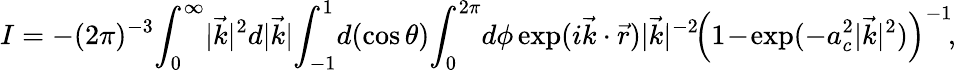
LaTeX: I=-(2\pi)^{-3}\! \int_{0}^{\infty}\! |\vec{k}|^{2}d|\vec{k}|\! \int_{-1}^{1}\! d(\cos\theta)\! \int_{0}^{2\pi}\! d\phi\exp(i\vec{k}\cdot\vec{r})|\vec{k}|^{-2}\! \left(1\! -\! \exp(-a_{c}^{2}|\vec{k}|^{2})\right)^{-1}\! ,